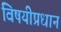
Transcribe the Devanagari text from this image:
विषयीप्रधान